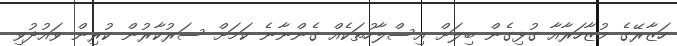
ހަޒާރޭގެ މުޒާހަރާއާ ގުޅިގެން ބިލަށް އިސްލާހުތަކެއް ގެންނާނެ ކަމަށް ސަރުކާރުން ކުރިން ވައުދުވި